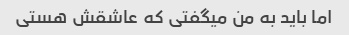
اما باید به من میگفتی که عاشقش هستی